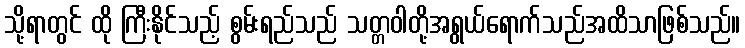
သို့ရာတွင် ထို ကြီးနိုင်သည့် စွမ်းရည်သည် သတ္တဝါတို့အရွယ်ရောက်သည်အထိသာဖြစ်သည်။